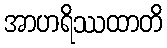
အာဟရိဿထာတိ